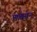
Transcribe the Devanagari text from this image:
मार्चमाॅन्ट